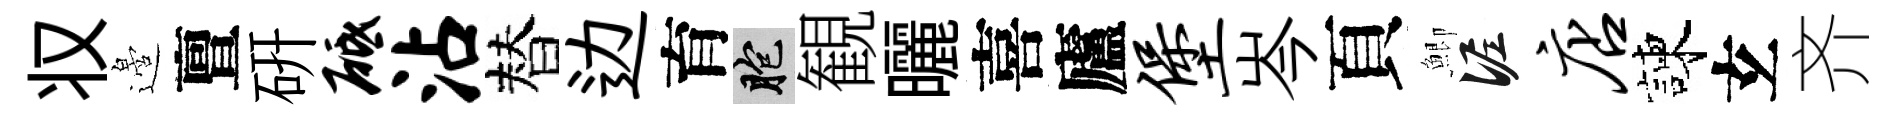
𠬧邉亶硏砥沾替边育胞観曬喜廬堡岑頁鯽泥店諫𤣥齐